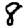
Digit: 8